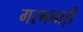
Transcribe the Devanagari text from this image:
गरगनाड़ी